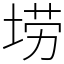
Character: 𫭼